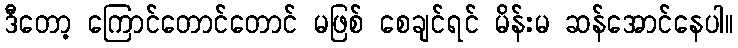
ဒီတော့ ကြောင်တောင်တောင် မဖြစ် စေချင်ရင် မိန်းမ ဆန်အောင်နေပါ။